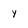
Character: y